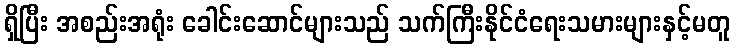
ရှိပြီး အစည်းအရုံး ခေါင်းဆောင်များသည် သက်ကြီးနိုင်ငံရေးသမားများနှင့်မတူ